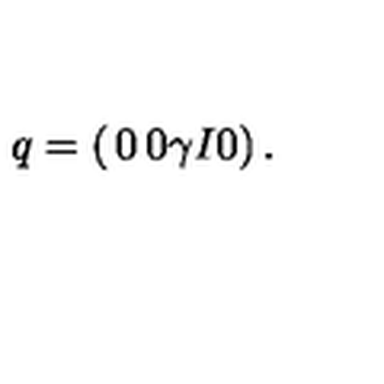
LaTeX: q = \left( \begin{matrix} { 0 } & { 0 } \\ { \gamma I } & { 0 } \\ \end{matrix} \right) .